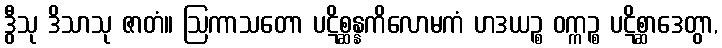
ဒွီသု ဒိသာသု ဇာတံ။ ဩကာသတော ပဋိစ္ဆန္နကိလောမကံ ဟဒယဉ္စ ဝက္ကဉ္စ ပဋိစ္ဆာဒေတွာ,